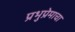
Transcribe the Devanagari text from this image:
प्रभुप्रेमाचा